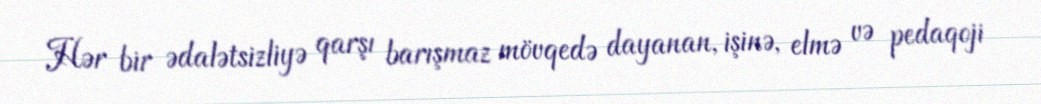
Hər bir ədalətsizliyə qarşı barışmaz mövqedə dayanan, işinə, elmə və pedaqoji